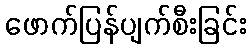
ဖောက်ပြန်ပျက်စီးခြင်း